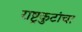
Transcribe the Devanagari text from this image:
राष्ट्रकुटांचा